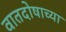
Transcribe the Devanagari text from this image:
वातदोषाच्या